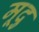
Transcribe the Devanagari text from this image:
मूदु